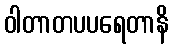
ဝါတာတပပရေတာနိ